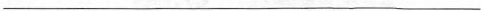
___